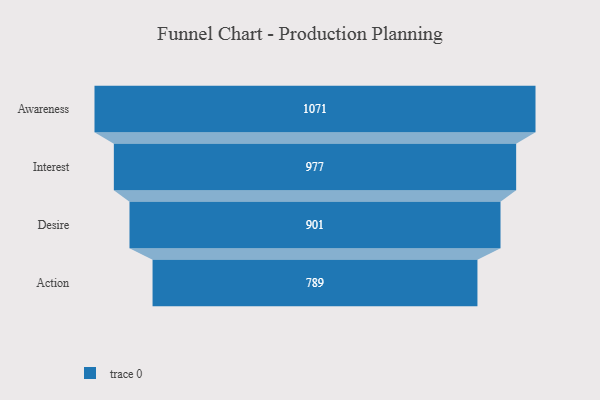
{"axis": {"x": "Stage", "y": "Value"}, "legend": [""], "data": [{"x": "Awareness", "y": 1071.0, "type": ""}, {"x": "Interest", "y": 977.0, "type": ""}, {"x": "Desire", "y": 901.0, "type": ""}, {"x": "Action", "y": 789.0, "type": ""}]}